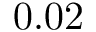
0 . 0 2